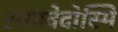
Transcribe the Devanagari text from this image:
सामवेदोस्मि